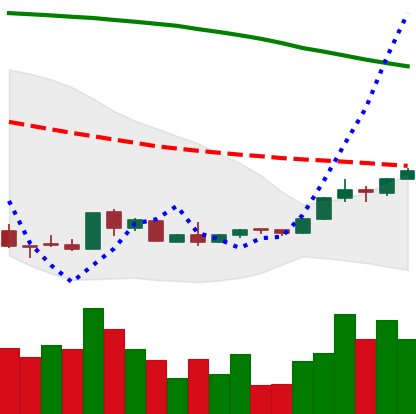
Ticker: EOS-USD
Chart end date: 2018-09-01
Forward return: -21.151%
Label: down_7plus